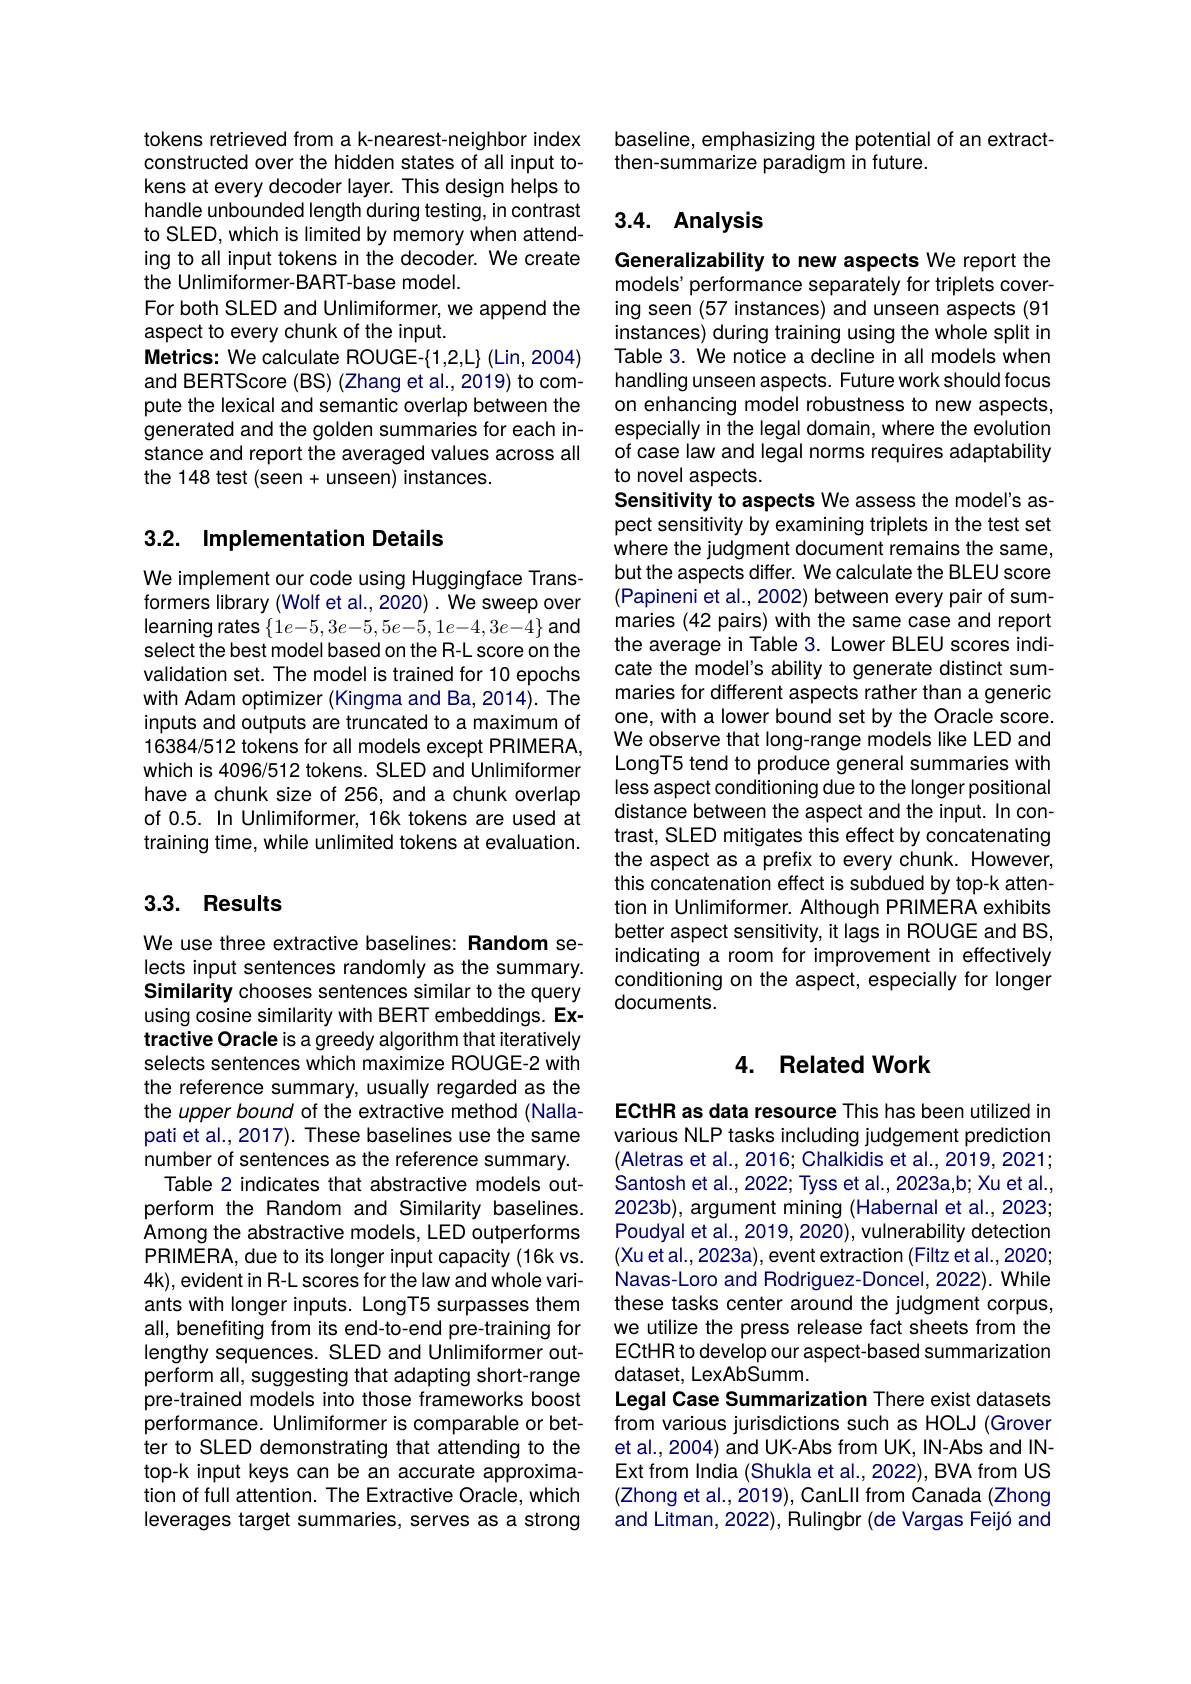
tokens retrieved from a k-nearest-neighbor index constructed over the hidden states of all input tokens at every decoder layer. This design helps to handle unbounded length during testing, in contrast to SLED, which is limited by memory when attending to all input tokens in the decoder. We create the Unlimiformer-BART-base model.
For both SLED and Unlimiformer, we append the
aspect to every chunk of the input.
Metrics: We calculate ROUGE-{1,2,L} (Lin,2004) and BERTScore (BS) (Zhang et al., 2019) to compute the lexical and semantic overlap between the generated and the golden summaries for each instance and report the averaged values across all the 148 test (seen+ unseen) instances.

# 3.2. Implementation Details

We implement our code using Huggingface Transformers library (Wolf et al., 2020) . We sweep over learning rates $\{1e-5,3e-5,5e-5,1e-4,3e-4\}$ and select the best model based on the R-L score on the validation set. The model is trained for 10 epochs with Adam optimizer (Kingma and Ba, 2014). The inputs and outputs are truncated to a maximum of 16384/512 tokens for all models except PRIMERA, which is 4096/512 tokens. SLED and Unlimiformer have a chunk size of 256, and a chunk overlap of 0.5. In Unlimiformer, 16k tokens are used at training time, while unlimited tokens at evaluation.

## 3.3. Results

We use three extractive baselines: Random selects input sentences randomly as the summary. Similarity chooses sentences similar to the query using cosine similarity with BERT embeddings. Extractive Oracle is a greedy algorithm that iteratively selects sentences which maximize ROUGE-2 with the reference summary, usually regarded as the the upper bound of the extractive method (Nallapati et al., 2017). These baselines use the same number of sentences as the reference summary.
Table 2 indicates that abstractive models outperform the Random and Similarity baselines. Among the abstractive models, LED outperforms PRIMERA, due to its longer input capacity (16k vs. 4k), evident in R-L scores for the law and whole variants with longer inputs. LongT5 surpasses them all, benefiting from its end-to-end pre-training for lengthy sequences. SLED and Unlimiformer outperform all, suggesting that adapting short-range pre-trained models into those frameworks boost performance. Unlimiformer is comparable or better to SLED demonstrating that attending to the top-k input keys can be an accurate approximation of full attention. The Extractive Oracle, which leverages target summaries, serves as a strong

baseline, emphasizing the potential of an extract-
then-summarize paradigm in future.

## 3.4. Analysis

Generalizability to new aspects We report the models' performance separately for triplets covering seen (57 instances) and unseen aspects (91 instances) during training using the whole split in Table 3. We notice a decline in all models when handling unseen aspects. Future work should focus on enhancing model robustness to new aspects, especially in the legal domain, where the evolution of case law and legal norms requires adaptability to novel aspects.
Sensitivity to aspects We assess the model's aspect sensitivity by examining triplets in the test set where the judgment document remains the same, but the aspects differ. We calculate the BLEU score (Papineni et al., 2002) between every pair of summaries (42 pairs) with the same case and report the average in Table 3. Lower BLEU scores indicate the model's ability to generate distinct summaries for different aspects rather than a generic one, with a lower bound set by the Oracle score. We observe that long-range models like LED and LongT5 tend to produce general summaries with less aspect conditioning due to the longer positional distance between the aspect and the input. In contrast, SLED mitigates this effect by concatenating the aspect as a prefix to every chunk. However, this concatenation effect is subdued by top-k attention in Unlimiformer. Although PRIMERA exhibits better aspect sensitivity, it lags in ROUGE and BS, indicating a room for improvement in effectively conditioning on the aspect, especially for longer documents.

## 4. Related Work

ECtHR as data resource This has been utilized in various NLP tasks including judgement prediction (Aletras et al., 2016; Chalkidis et al., 2019, 2021; Santosh et al., 2022; Tyss et al., 2023a,b; Xu et al., 2023b), argument mining (Habernal et al., 2023; Poudyal et al., 2019, 2020), vulnerability detection (Xu et al., 2023a), event extraction (Filtz et al., 2020; Navas-Loro and Rodriguez-Doncel, 2022). While these tasks center around the judgment corpus, we utilize the press release fact sheets from the ECtHR to develop our aspect-based summarization dataset, LexAbSumm.
Legal Case Summarization There exist datasets from various jurisdictions such as HOLJ (Grover et al., 2004) and UK- Abs from UK, IN- Abs and INExt from India (Shukla et al., 2022), BVA from US (Zhong et al., 2019), CanLII from Canada (Zhong and Litman, 2022), Rulingbr (de Vargas Feijó and